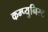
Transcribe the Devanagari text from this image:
कम्प्युनिस्ट